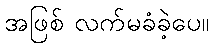
အဖြစ် လက်မခံခဲ့ပေ။